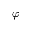
\varphi